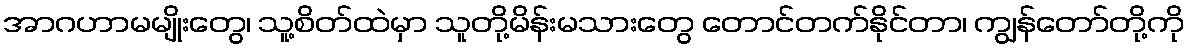
အာဂဟာမမျိုးတွေ၊ သူ့စိတ်ထဲမှာ သူတို့မိန်းမသားတွေ တောင်တက်နိုင်တာ၊ ကျွန်တော်တို့ကို